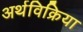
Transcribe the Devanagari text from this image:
अर्थविक्रिया